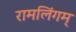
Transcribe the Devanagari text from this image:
रामलिंगम्